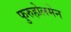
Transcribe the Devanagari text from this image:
फुरुहोलमेन